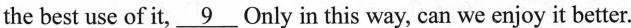
the best use of it,\underline{9}Only in this way, can we enjoy it better.